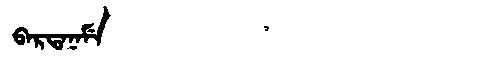
Manchu: ᠪᠠᡵᡨᠠᠨᠠᠮᡝ
Romanization: BARTANAME